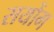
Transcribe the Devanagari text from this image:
सयोंग